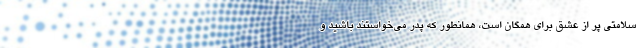
سلامتی پر از عشق برای همگان است، همانطور که پدر می‌خواستند باشید و